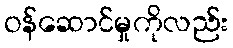
ဝန်ဆောင်မှုကိုလည်း